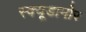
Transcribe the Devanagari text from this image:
स्क्यूडामोर